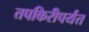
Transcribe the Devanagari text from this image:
तपकिरीपर्यंत